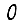
Digit: 0